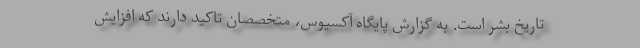
تاریخ بشر است. به گزارش پایگاه آکسیوس، متخصصان تاکید دارند که افزایش